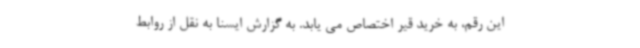
این رقم، به خرید قیر اختصاص می یابد. به گزارش ایسنا به نقل از روابط